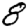
Digit: 8